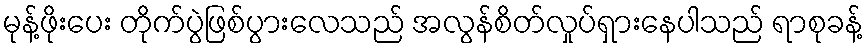
မုန့်ဖိုးပေး တိုက်ပွဲဖြစ်ပွားလေသည် အလွန်စိတ်လှုပ်ရှားနေပါသည် ရာစုခန့်